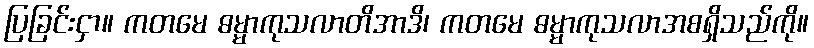
ပြခြင်းငှာ။ ကတမေ ဓမ္မာကုသလာတိအာဒိ၊ ကတမေ ဓမ္မာကုသလာအစရှိသည်ကို။